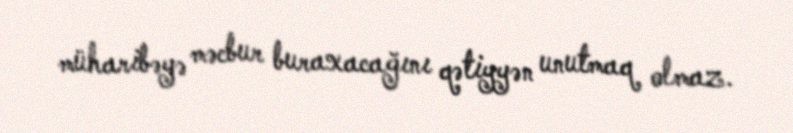
müharibəyə məcbur buraxacağını qətiyyən unutmaq olmaz.